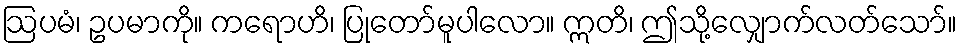
ဩပမံ၊ ဥပမာကို။ ကရောဟိ၊ ပြုတော်မူပါလော။ ဣတိ၊ ဤသို့လျှောက်လတ်သော်။